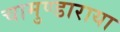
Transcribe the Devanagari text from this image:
चामुण्डाराया